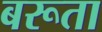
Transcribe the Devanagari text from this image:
बरूता